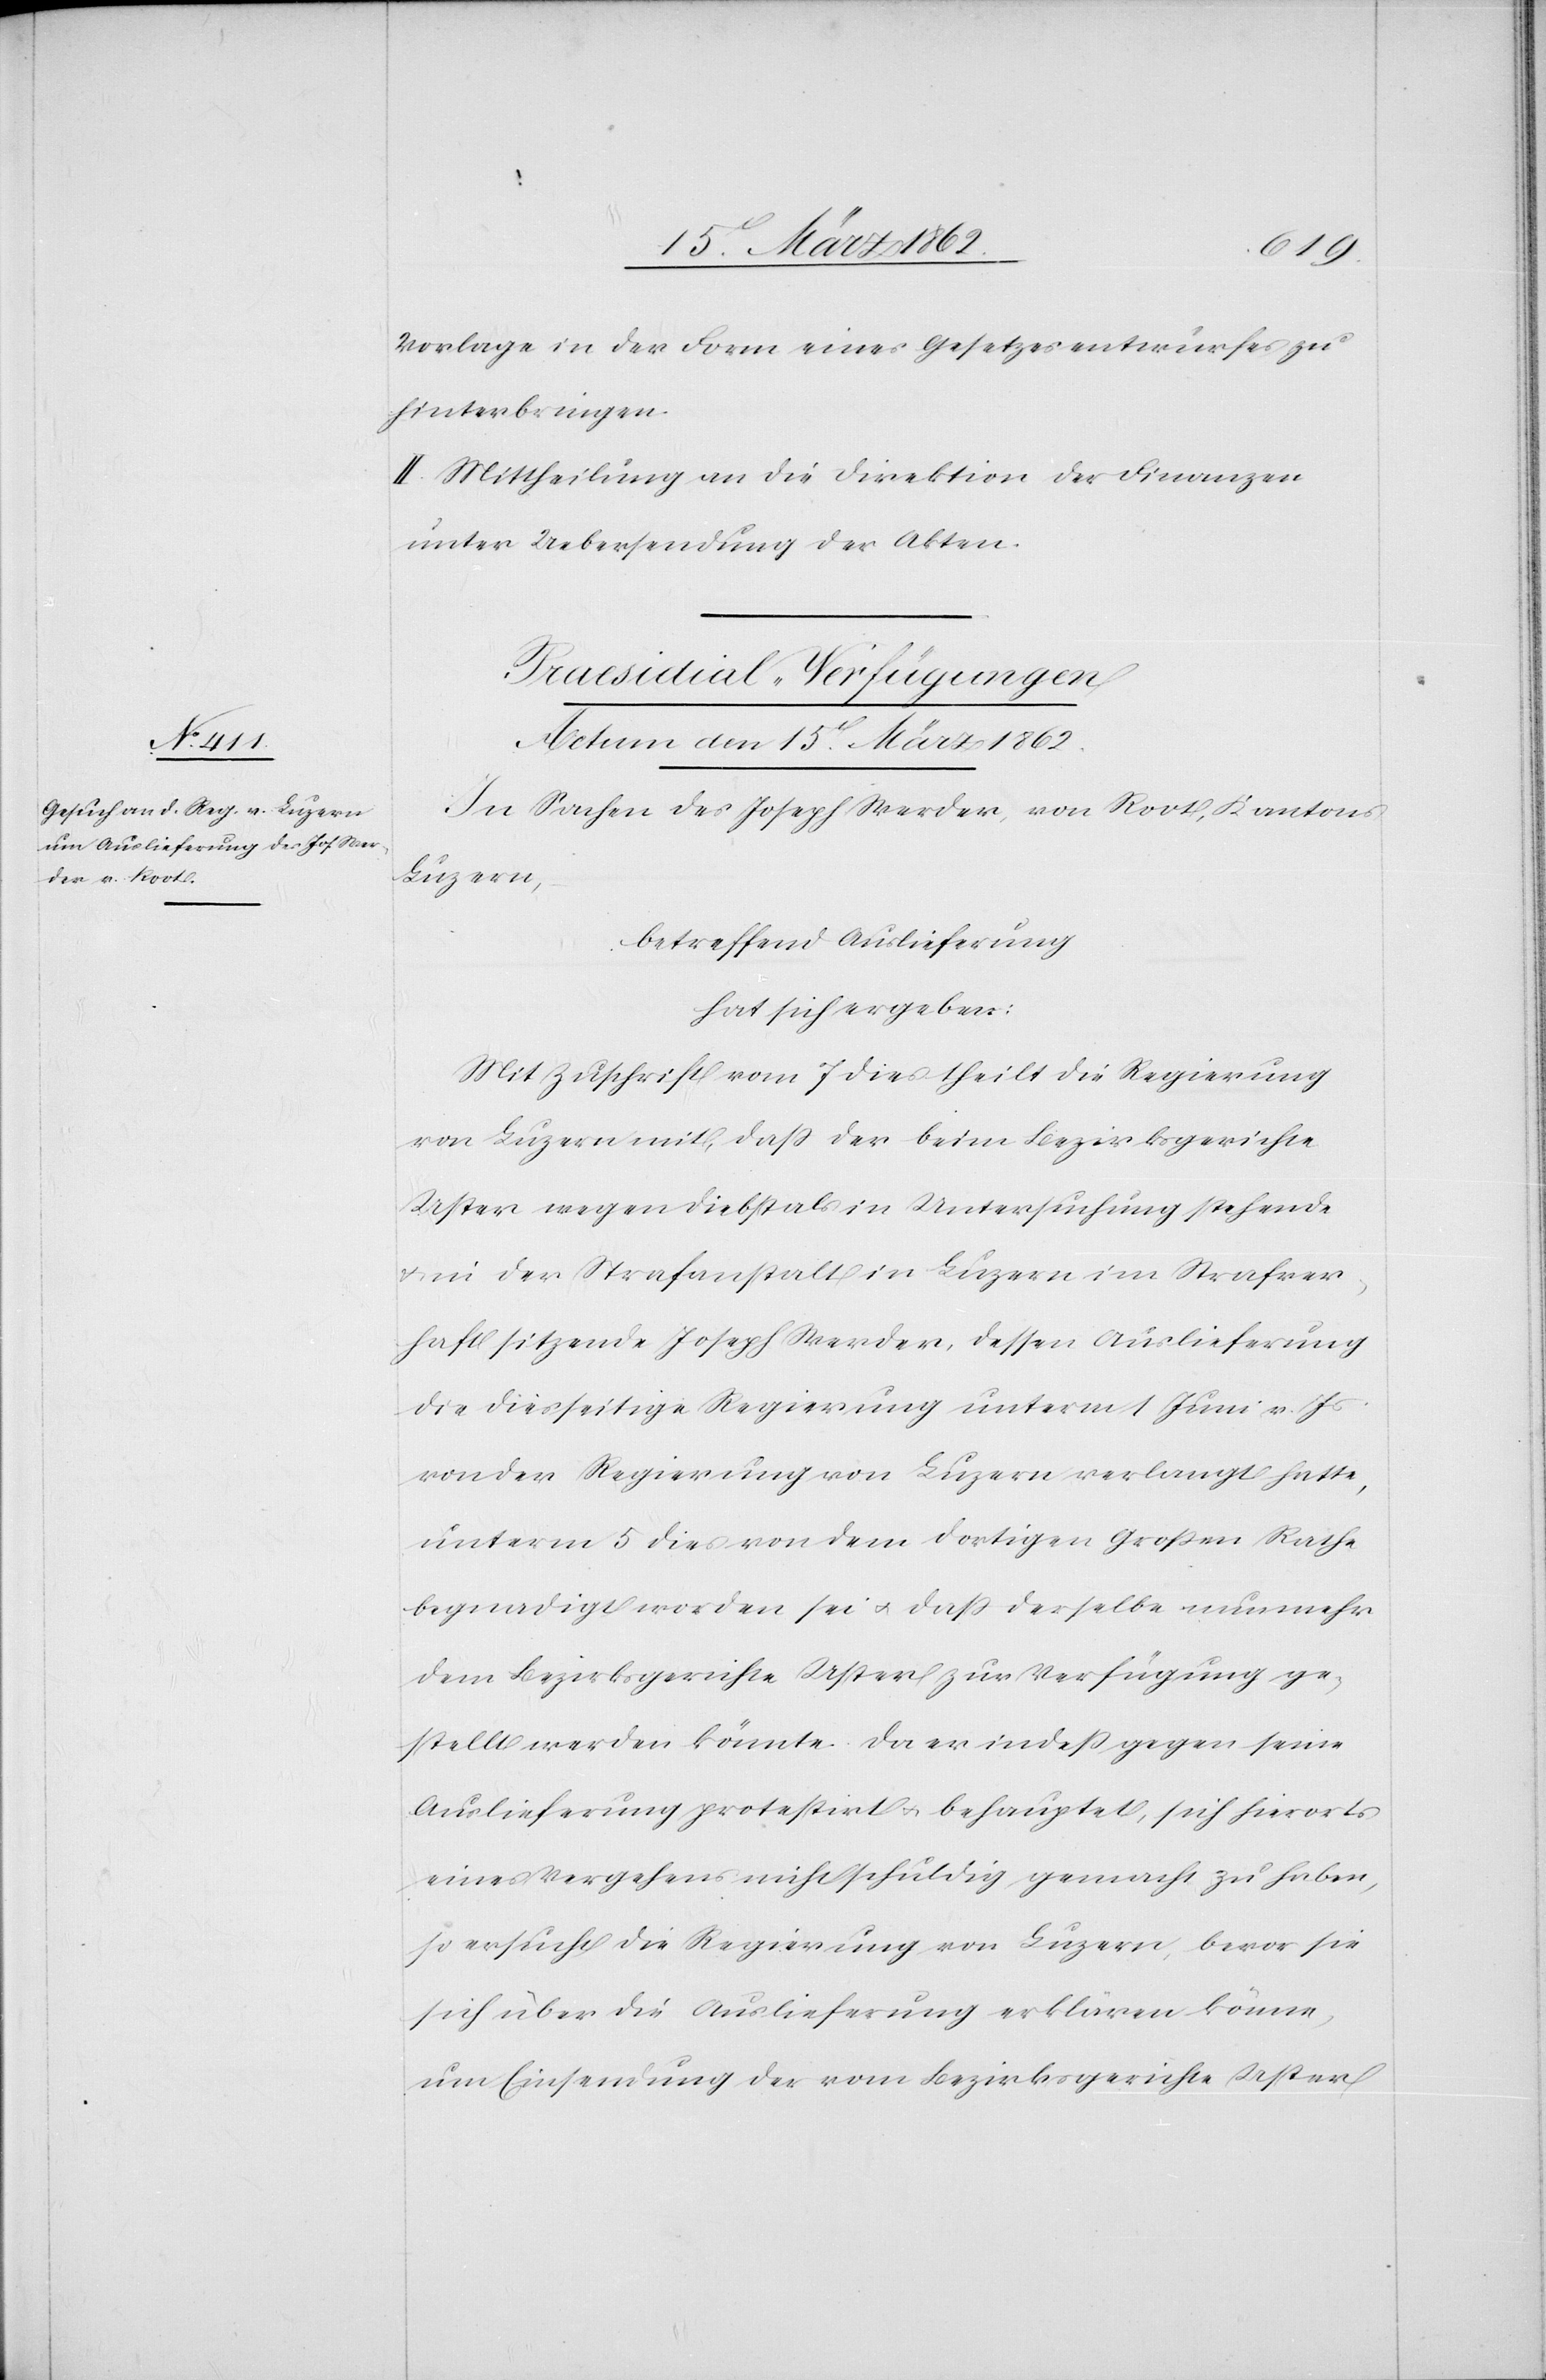
Vorlage in der Form eines Gesetzesentwurfes zu
hinterbringe.
II. Mittheilung an die Direktion der Finanzen
unter Uebersendung der Akten.
Praesidial-Verfügungen
Actum den 15t. März 1862.
In Sachen des Joseph Werder, von Root, Kantons
Luzern,
betreffend Auslieferung
hat sich ergeben:
Mit Zuschrift vom 7 dies theilt die Regierung
von Luzern mit, daß der bei Bezirksgerichte
Uster wegen Diebstals in Untersuchung stehende
& in der Strafanstalt in Luzern im Strafver¬
haft sitzende Joseph Werder, dessen Auslieferung
die diesseitige Regierung unterm 1 Juni v. Js
von der Regierung von Luzern verlangt hatte,
unterm 5 dies von dem dortigen Großen Rathe
begnadigt worden sei u. daß derselbe nunmehr
dem Bezirksgerichte Uster zur Verfügung ge¬
stellt werden könnte. Da er indeß gegen seine
Auslieferung protestirt u. behauptet, sich hierorts
eines Vergehens nicht schuldig gemacht zu haben,
so ersucht die Regierung von Luzern, bevor sie
sich über die Auslieferung erklären könne,
um Einsendung der vom Bezirksgerichte Uster